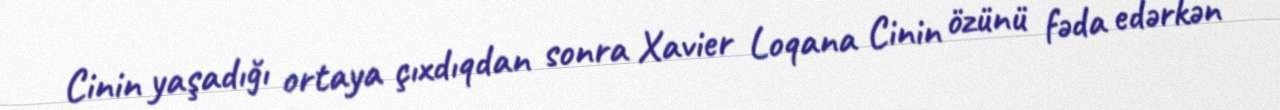
Cinin yaşadığı ortaya çıxdıqdan sonra Xavier Loqana Cinin özünü fəda edərkən